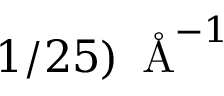
1 / 2 5 ) \, \textup { \AA } ^ { - 1 }